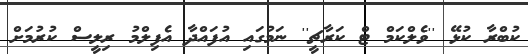
ކުބްރާ ކުޅޭ ''ވެލްކަމް ޓް ކަރާޗީ'' ނަމުގައި އުފައްދާ އެފިލްމު ރިލީސް ކުރުމަށް